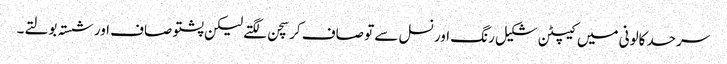
سرحد کالونی میں کیپٹن شکیل رنگ اور نسل سے تو صاف کرسچن لگتے لیکن پشتو صاف اور شستہ بولتے۔